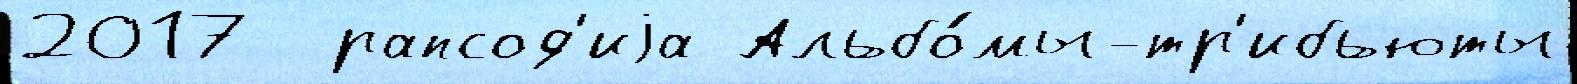
2017  рапсод'иjа Альбо́мы-тр'ибьюты